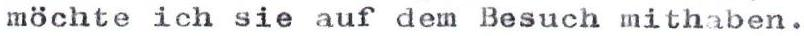
möchte ich sie auf dem Besuch mithaben.